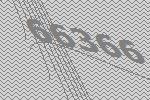
66366